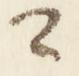
々